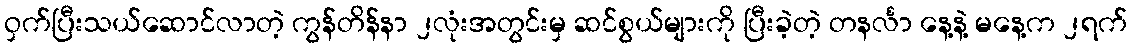
ဝှက်ပြီးသယ်ဆောင်လာတဲ့ ကွန်တိန်နာ ၂လုံးအတွင်းမှ ဆင်စွယ်များကို ပြီးခဲ့တဲ့ တနင်္လာ နေ့နဲ့ မနေ့က ၂ရက်